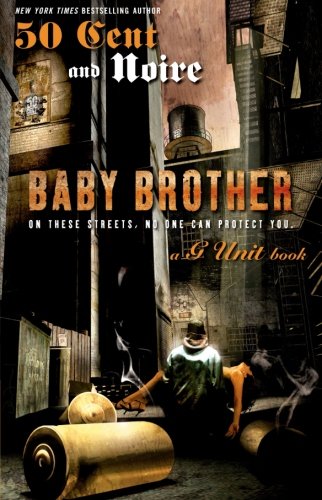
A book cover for Baby Brother; Noire; Romance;